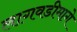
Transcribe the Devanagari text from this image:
लागवडीमागे